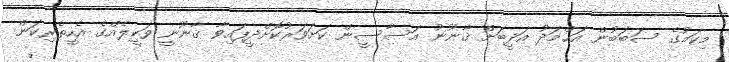
މިކަމުގެ ސަބަބުން އަޙްމަދު އަދީބަށް ޤާނޫނު އަސާސީން ކަށަވަރުކޮށްދީފައިވާ ޤާނޫނީ ވަކީލެއްގެ އެހީތެރިކަން